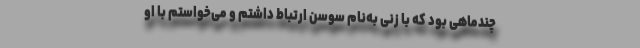
چندماهی بود که با زنی به‌نام سوسن ارتباط داشتم و می‌خواستم با او